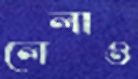
লেলাও